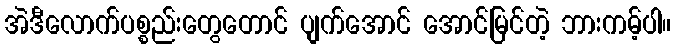
အဲဒီလောက်ပစ္စည်းတွေတောင် ပျက်အောင် အောင်မြင်တဲ့ ဘားကမ့်ပါ။